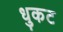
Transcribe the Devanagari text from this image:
धुकट